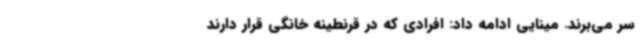
سر می‌برند. مینایی ادامه داد: افرادی که در قرنطینه خانگی قرار دارند